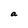
Character: a